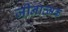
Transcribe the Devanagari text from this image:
जीनात्मक